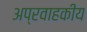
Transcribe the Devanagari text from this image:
अप्रवाहकीय